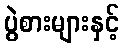
ပွဲစားများနှင့်